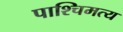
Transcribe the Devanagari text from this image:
पाश्चिमत्य